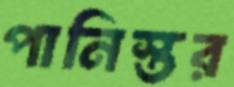
পানিস্তর